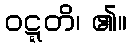
ဝဋ္ဋတိ၊ ၏။